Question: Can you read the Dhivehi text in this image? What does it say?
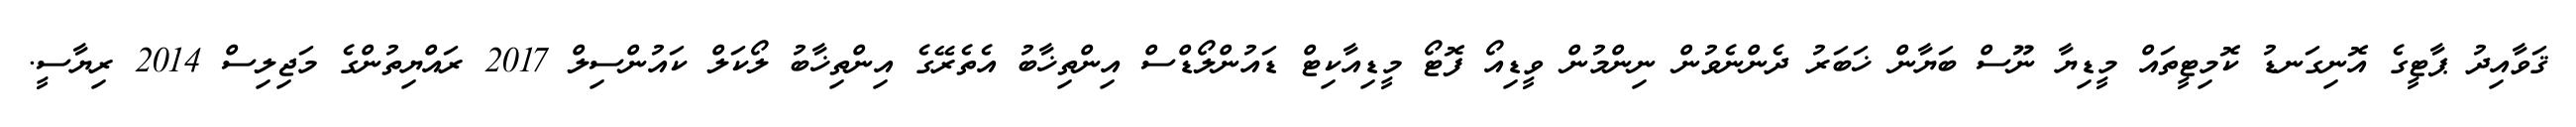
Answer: ޤަވާއިދު ޕާޓީގެ އޮނިގަނޑު ކޮމިޓީތައް މީޑިޔާ ނޫސް ބަޔާން ޚަބަރު ދެންނެވުން ނިންމުން ވީޑިއޯ ފޮޓޯ މީޑިއާކިޓް ޑައުންލޯޑްސް އިންތިޚާބު އެތެރޭގެ އިންތިޚާބު ލޯކަލް ކައުންސިލް 2017 ރައްޔިތުންގެ މަޖިލިސް 2014 ރިޔާސީ.